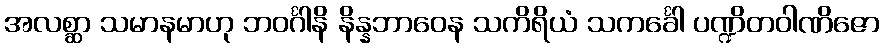
အလစ္ဆာ သမာနမာဟု ဘဝင်္ဂါနိ နိန္နဘာဝေန သကိရိယံ သကင်္ခေါ ပဏ္ဍိတဝါဏိဇော